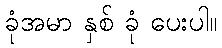
ခုံအမာ နှစ် ခုံ ပေးပါ။